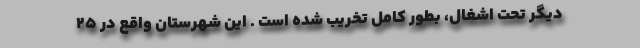
دیگر تحت اشغال، بطور کامل تخریب شده است . این شهرستان واقع در ۲۵